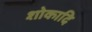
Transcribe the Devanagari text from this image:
शोकादि